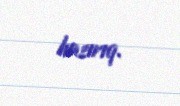
hazırıq.